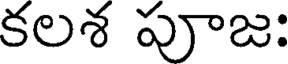
కలశ పూజ: